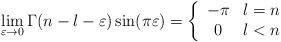
LaTeX: \begin{align*}\lim_{\varepsilon\to0} \Gamma(n-l-\varepsilon)\sin(\pi\varepsilon)=\left\{\begin{array}{cc}-\pi & l=n\\0 & l<n\\\end{array}\right.\end{align*}